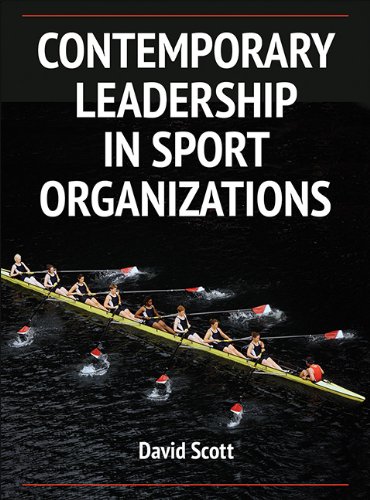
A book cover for Contemporary Leadership in Sport Organizations; David Scott; Business & Money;